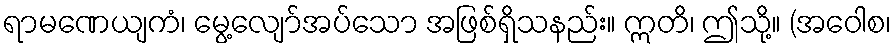
ရာမဏေယျကံ၊ မွေ့လျော်အပ်သော အဖြစ်ရှိသနည်း။ ဣတိ၊ ဤသို့။ (အဝေါစ၊